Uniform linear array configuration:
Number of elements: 12
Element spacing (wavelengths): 0.5
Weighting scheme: hann
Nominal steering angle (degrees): -60
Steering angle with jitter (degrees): -61.933
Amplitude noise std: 0.05
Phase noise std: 0.05

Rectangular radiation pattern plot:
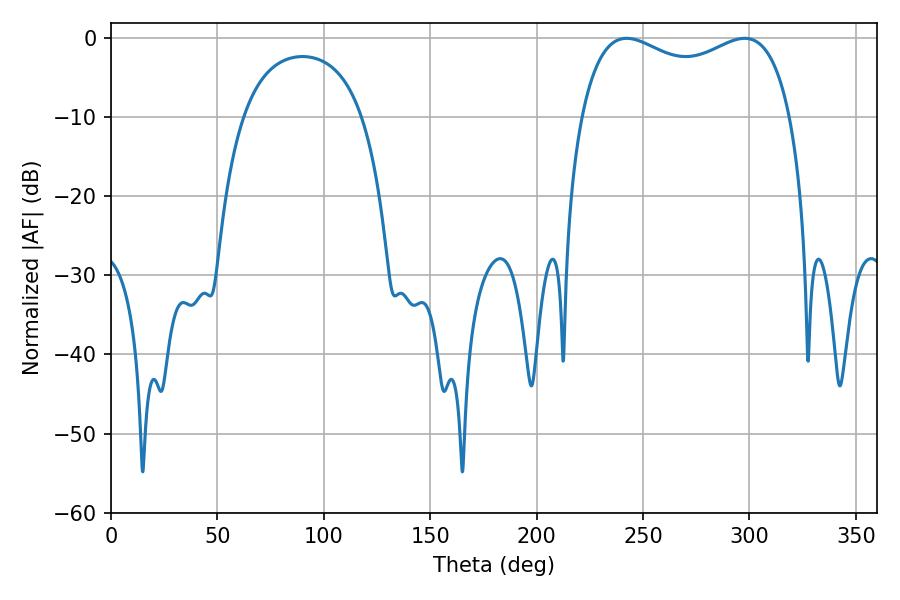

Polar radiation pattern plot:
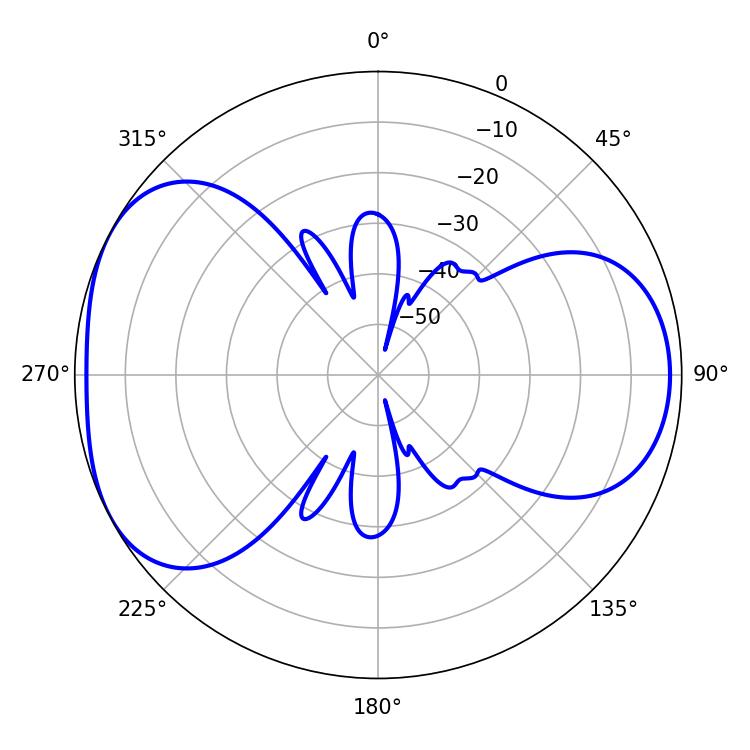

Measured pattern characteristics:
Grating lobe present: FALSE
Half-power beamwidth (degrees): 81.72
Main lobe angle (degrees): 242.28